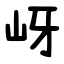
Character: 岈